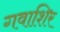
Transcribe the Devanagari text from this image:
गवाशिर